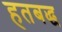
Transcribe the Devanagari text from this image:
हतबद्ध